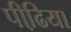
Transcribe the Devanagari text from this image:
पीढि़या